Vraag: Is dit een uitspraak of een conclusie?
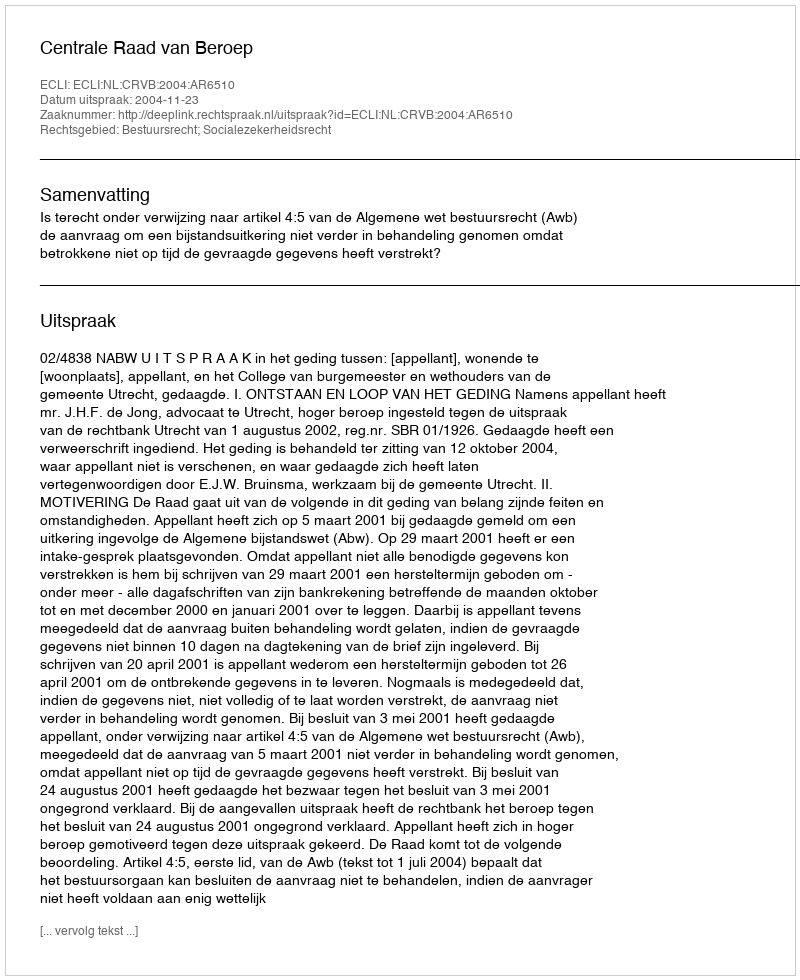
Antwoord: Uitspraak